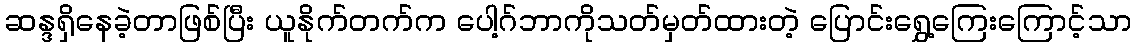
ဆန္ဒရှိနေခဲ့တာဖြစ်ပြီး ယူနိုက်တက်က ပေါ့ဂ်ဘာကိုသတ်မှတ်ထားတဲ့ ပြောင်းရွှေ့ကြေးကြောင့်သာ